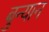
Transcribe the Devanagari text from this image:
बुन्यान